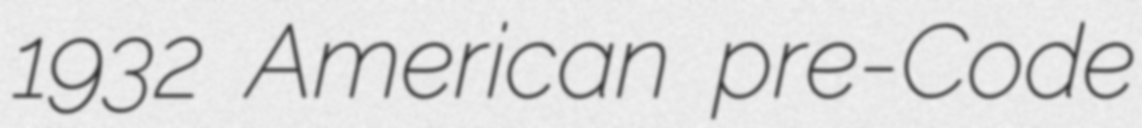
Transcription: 1932 American pre-Code